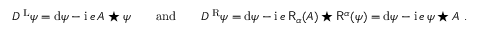
D ^ { \mathrm { \tiny ~ L } } \psi = \mathrm { d } \psi - { \mathrm { i } } \, e \, A \star \psi { \qquad \mathrm { a n d } \qquad } D ^ { \mathrm { \tiny ~ R } } \psi = \mathrm { d } \psi - { \mathrm { i } } \, e \, \mathsf { R } _ { \alpha } ( A ) \star \mathsf { R } ^ { \alpha } ( \psi ) = \mathrm { d } \psi - { \mathrm { i } } \, e \, \psi \star A \ .